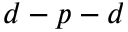
d - p - d